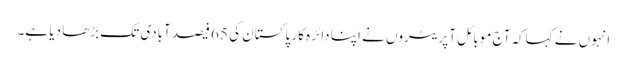
انہوں نے کہاکہ آج موبائل آپریٹروں نے اپنا دائرہ کار پاکستان کی 65 فیصد آبادی تک بڑھا دیا ہے۔